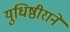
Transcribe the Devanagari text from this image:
युधिष्ठीराने